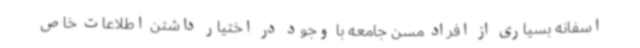
اسفانه بسیاری از افراد مسن جامعه با وجود در اختیار داشتن اطلاعات خاص